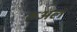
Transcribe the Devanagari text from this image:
रुअल